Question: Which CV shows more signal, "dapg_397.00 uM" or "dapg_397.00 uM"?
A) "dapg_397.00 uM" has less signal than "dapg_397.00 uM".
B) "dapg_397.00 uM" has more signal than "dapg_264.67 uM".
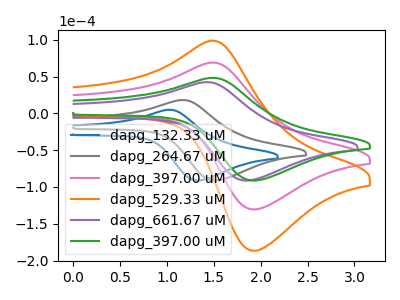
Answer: <think>The blue curve "dapg_132.33 uM" has an anodic peak at (1.00V, 4.90uA) and a cathodic peak at (1.35V, -91.20uA). The gray curve "dapg_264.67 uM" has an anodic peak at (1.15V, 18.15uA) and a cathodic peak at (1.55V, -91.20uA). The pink curve "dapg_397.00 uM" has an anodic peak at (1.50V, 68.95uA) and a cathodic peak at (1.95V, -130.45uA). The orange curve "dapg_529.33 uM" has an anodic peak at (1.50V, 137.85uA) and a cathodic peak at (1.95V, -260.90uA). The purple curve "dapg_661.67 uM" has an anodic peak at (1.40V, 42.40uA) and a cathodic peak at (1.85V, -91.20uA). The green curve "dapg_397.00 uM" has an anodic peak at (1.50V, 48.20uA) and a cathodic peak at (1.95V, -91.20uA).
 All the peaks in "dapg_397.00 uM" have a peak in "dapg_397.00 uM" at the same potential. Every peak in "dapg_397.00 uM" is lower than every peak in "dapg_397.00 uM".</think>
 <answer>A) "dapg_397.00 uM" has less signal than "dapg_397.00 uM".</answer>
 <eval>A</eval>